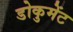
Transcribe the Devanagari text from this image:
डोकुमेंट